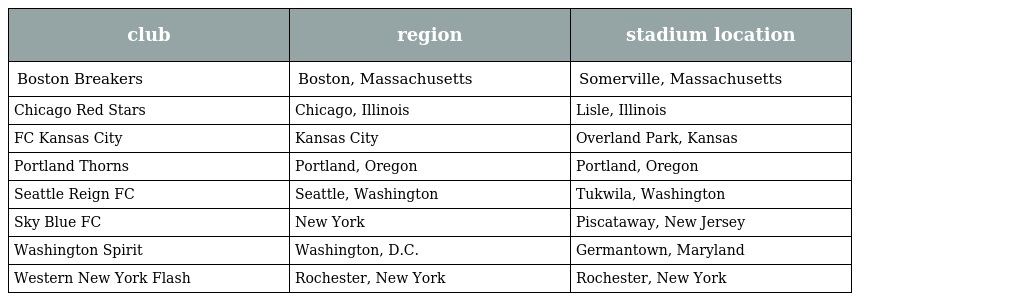
| club | region | stadium location |
 | --- | --- | --- |
 | Boston Breakers | Boston, Massachusetts | Somerville, Massachusetts |
 | Chicago Red Stars | Chicago, Illinois | Lisle, Illinois |
 | FC Kansas City | Kansas City | Overland Park, Kansas |
 | Portland Thorns | Portland, Oregon | Portland, Oregon |
 | Seattle Reign FC | Seattle, Washington | Tukwila, Washington |
 | Sky Blue FC | New York | Piscataway, New Jersey |
 | Washington Spirit | Washington, D.C. | Germantown, Maryland |
 | Western New York Flash | Rochester, New York | Rochester, New York |